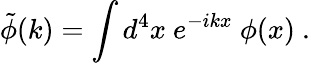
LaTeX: \tilde{\phi}(k)=\int d^{4}x\ e^{-ikx}\ \phi(x)~.